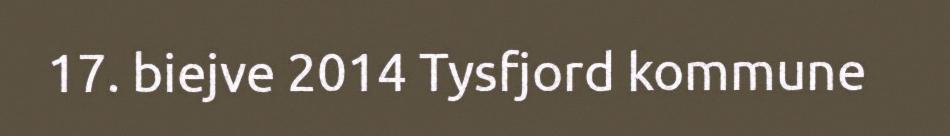
17. biejve 2014 Tysfjord kommune